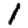
Digit: 1